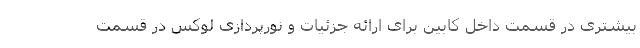
بیشتری در قسمت داخل کابین برای ارائه جزئیات و نورپردازی لوکس در قسمت